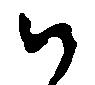
御